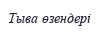
Тыва өзендері